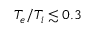
T _ { e } / T _ { i } \lesssim 0 . 3